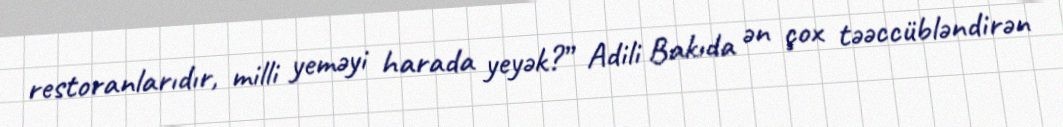
restoranlarıdır, milli yeməyi harada yeyək?” Adili Bakıda ən çox təəccübləndirən